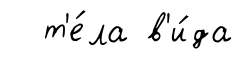
т'е́ла в'и́да